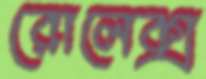
রোলেক্স